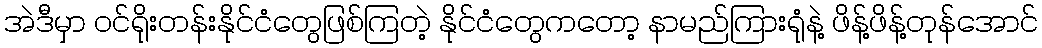
အဲဒီမှာ ဝင်ရိုးတန်းနိုင်ငံတွေဖြစ်ကြတဲ့ နိုင်ငံတွေကတော့ နာမည်ကြားရုံနဲ့ ဖိန့်ဖိန့်တုန်အောင်